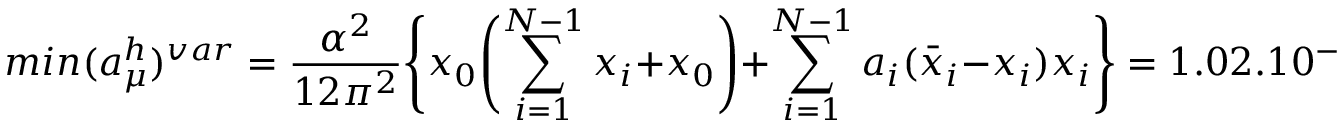
m i n ( a _ { \mu } ^ { h } ) ^ { v a r } = \frac { \alpha ^ { 2 } } { 1 2 \pi ^ { 2 } } \Biggl \{ x _ { 0 } \Biggl ( \sum _ { i = 1 } ^ { N - 1 } x _ { i } + x _ { 0 } \Biggr ) + \sum _ { i = 1 } ^ { N - 1 } a _ { i } ( \bar { x } _ { i } - x _ { i } ) x _ { i } \Biggr \} = 1 . 0 2 . 1 0 ^ { - 8 }